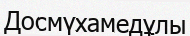
Досмүхамедұлы